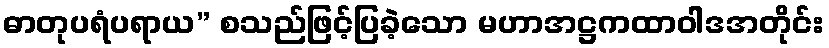
ဓာတုပရံပရာယ” စသည်ဖြင့်ပြခဲ့သော မဟာအဋ္ဌကထာဝါဒအတိုင်း